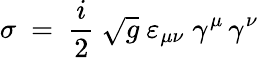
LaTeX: \sigma\ =\ \frac i2\ \sqrt{g}\ \varepsilon_{\mu\nu}\; \gamma^{\mu}\, \gamma^{\nu}